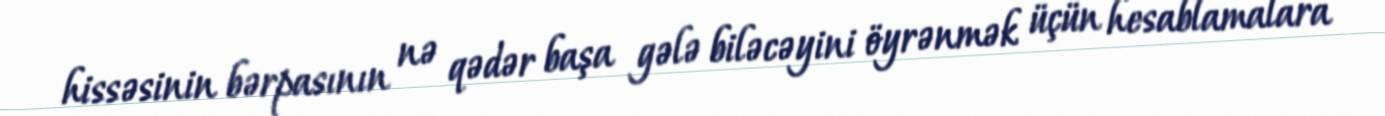
hissəsinin bərpasının nə qədər başa gələ biləcəyini öyrənmək üçün hesablamalara